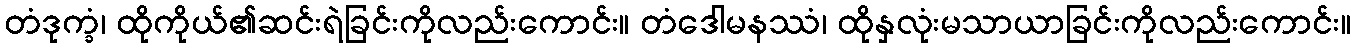
တံဒုက္ခံ၊ ထိုကိုယ်၏ဆင်းရဲခြင်းကိုလည်းကောင်း။ တံဒေါမနဿံ၊ ထိုနှလုံးမသာယာခြင်းကိုလည်းကောင်း။